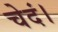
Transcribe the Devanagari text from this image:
चेदं।